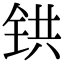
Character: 𫟹